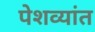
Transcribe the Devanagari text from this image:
पेशव्यांत